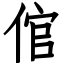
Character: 倌